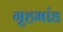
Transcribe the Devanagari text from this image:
गृहभांड